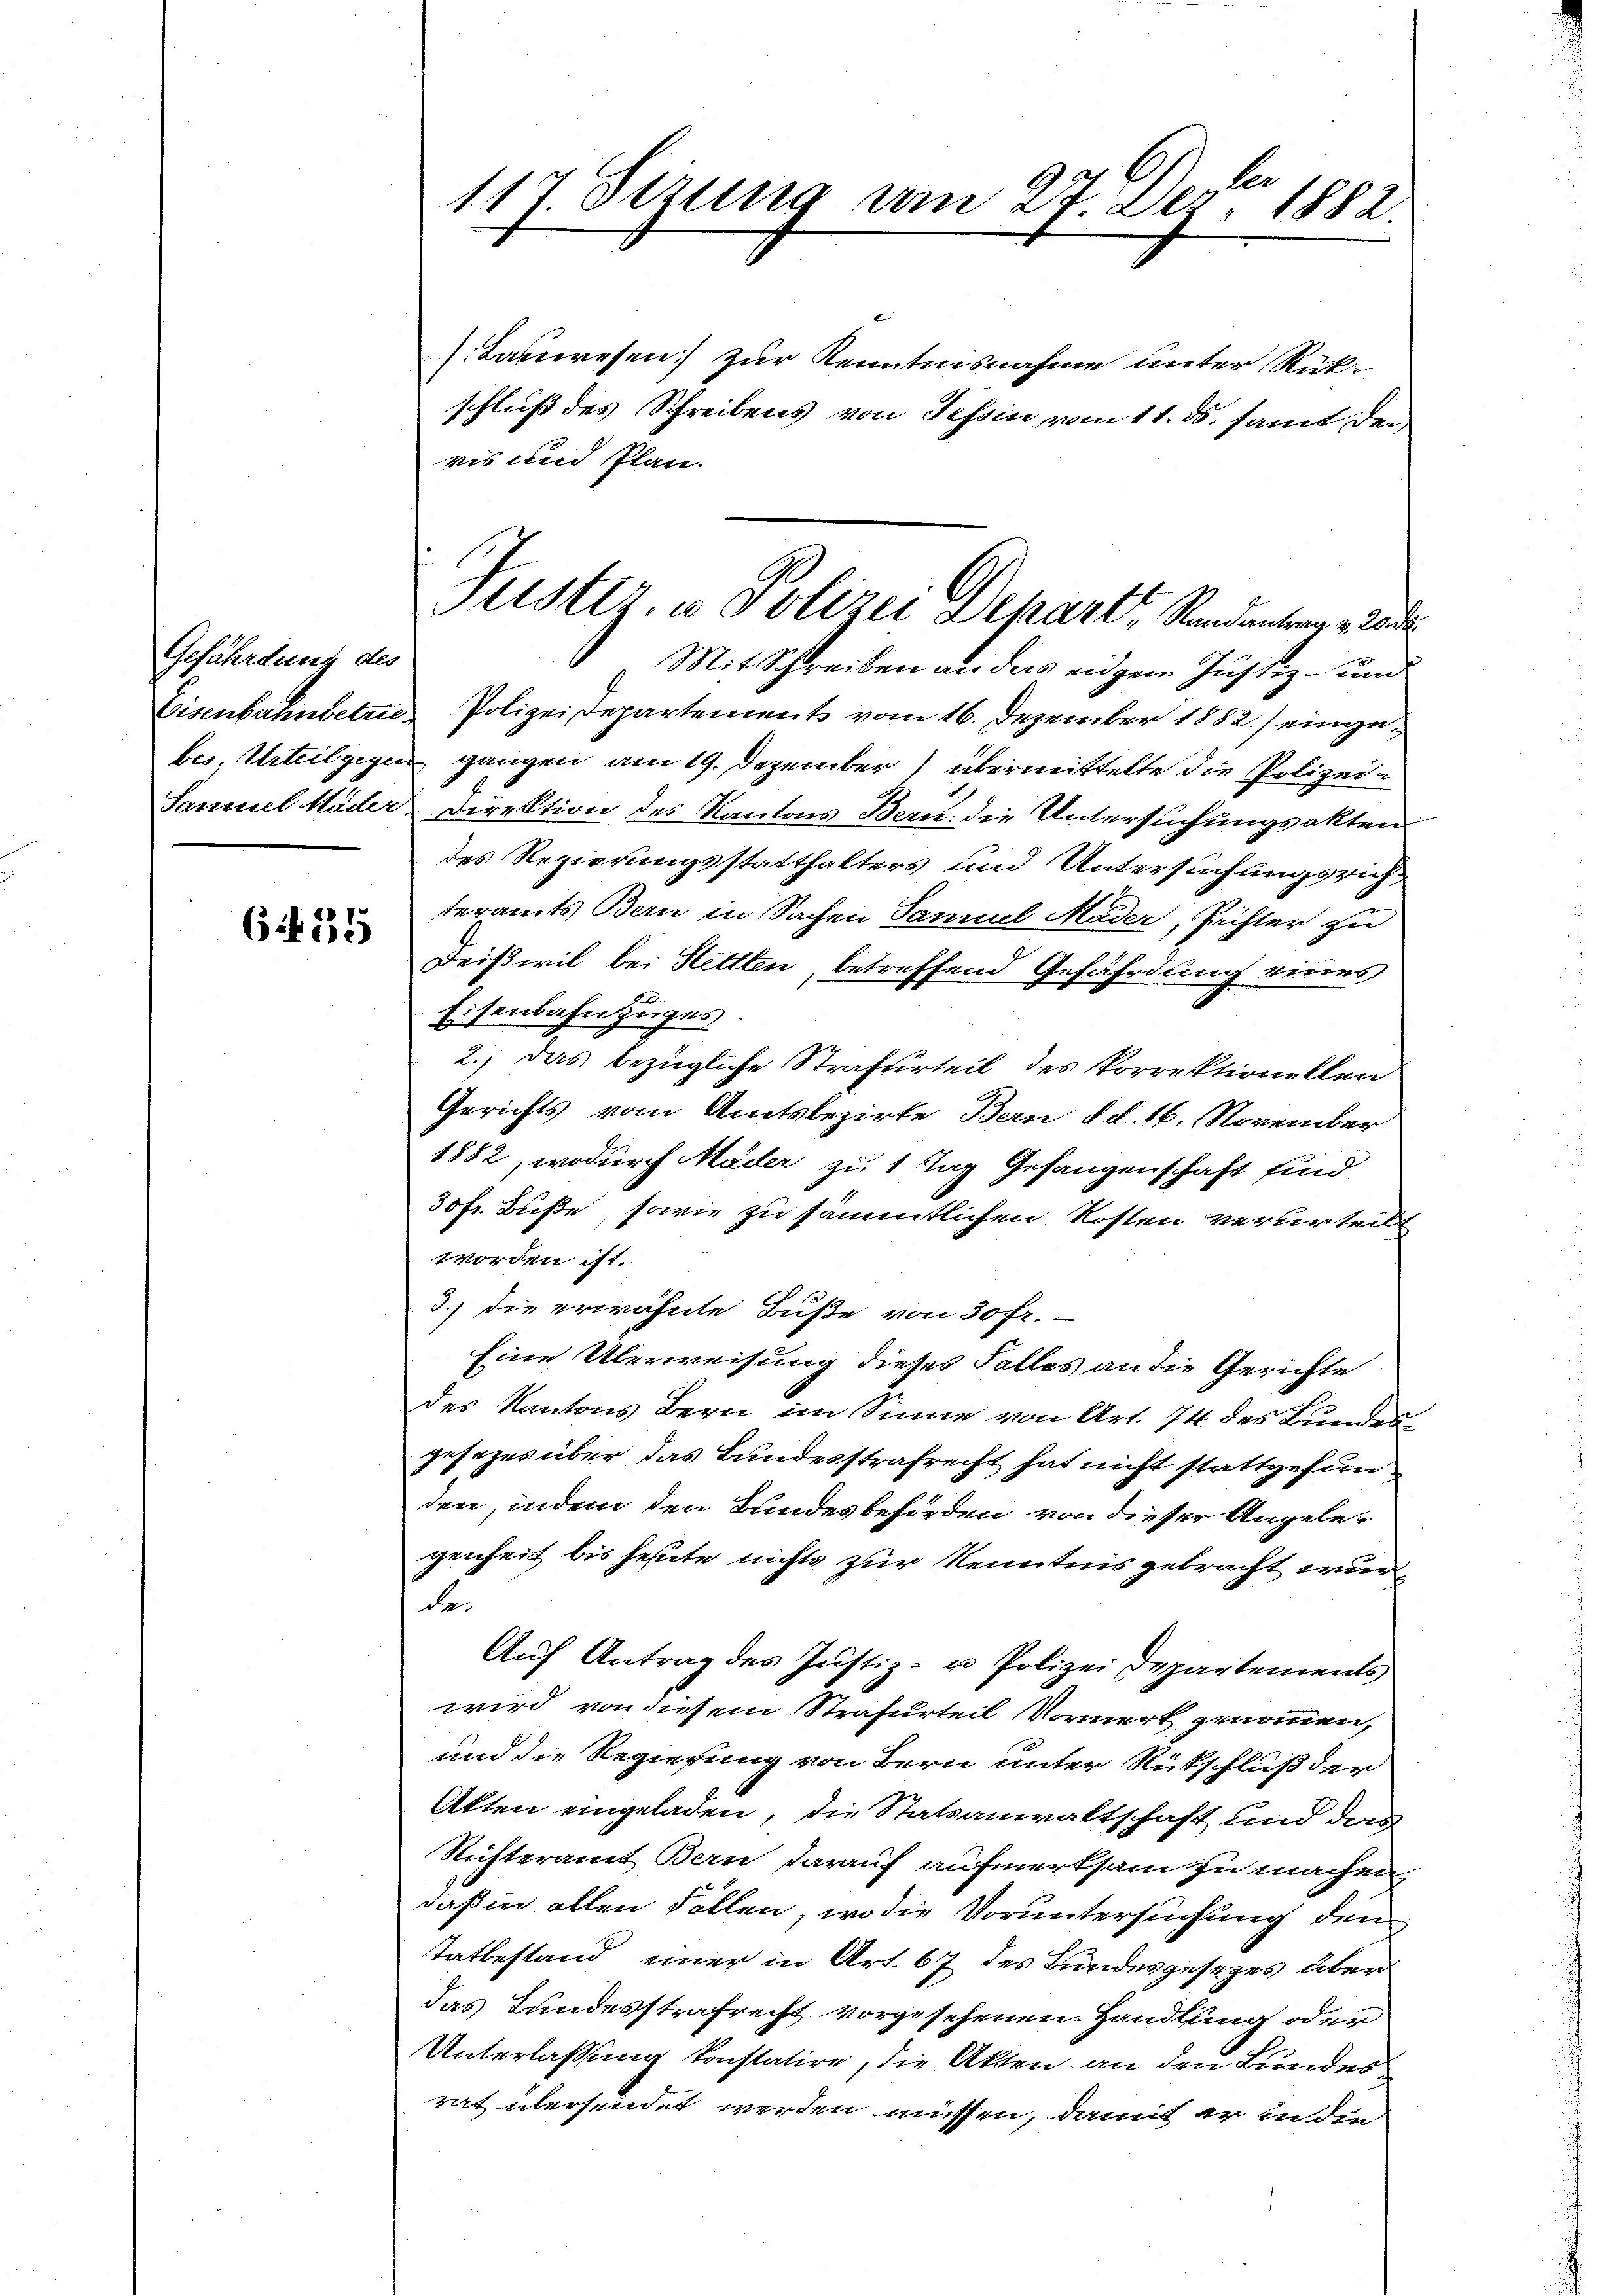
Gefährdung des
Eisenbahnbetrie.
bes Urteil gegen
Jammel Mäder

6. 333

117 Sirung vom 27. Dez. 1882.

danwesen zur Kenntnisnahme unter Rück-
schluß des Schreibens von Tessin vom 11. ds. samt der
ris und Plan.
Mitschreiben an das eingen Justiz- und
Polizeidepartement vom 16. Dezember 1852.) einge-
gangen am 19. Dezember) übermittelte die Polizei-
Direktion des Kantons Bern die Untersuchungsakten

des Regierungsstatthalters und Untersuchungsrich,
teramts Bern in Sachen Tannel Moder, Prister zu
Deißwil bei Hittten, betreffend Gefährdung eines
Eisenbahn zuges
2.) das bezügliche Strafurteil des korrektionellen
Gerichts vom Amtsbezirke Bern fl. 16. November
1882, wodurch Mäder zu 1 Tag Gefangenschaft sind,
30fr. Buße, sowie zu sämmtlichen Kosten verurteilt
worden ist.
3.) die erwähnte Buße von 30fr.
Eine Überweisung dieses Falles an die Gerichte
des Kantons Bern im Sinne von Art. 74 des Bundes-
gesezes über das Bundesstrafrecht hat nicht stattgefun
den, indem den Bundesbehörden von dieser Angele-
genheit bis heute nichts zur Kenntnis gebracht wur
de.
Aŭf Antrag des Justiz- u Polizei Departements
wird von diesem Strafurteil Vormerk genommen,
und die Regierung von Bern unter Rückschluß der
Akten eingeladen, die Statsanwaltschaft und das
Richteramt Bau darauf aufmerksam zu machen.
daß in allen Follen, wo die Voruntersuchung den
Tatbestand einer in Art. 67 des Bundesgesezes über
das Bundesstrafrecht vorgesehenen Handlung oder
Unterlassung konstatire, die Akten an den Lundes
rat übersendet werden müssen, damit er in die

Geister, u. Polizei Depart. Rendantrage de